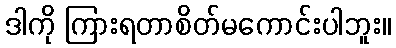
ဒါကို ကြားရတာစိတ်မကောင်းပါဘူး။